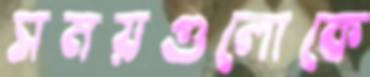
সময়গুলোকে